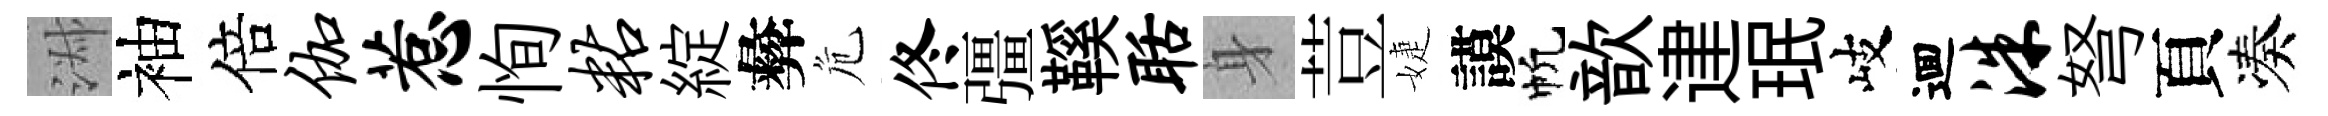
淑袖倍伽惹恂粘綻彜危佟彊鞵聒身荳婕謨帆歆䢖珉岐逥洙弩頁凑